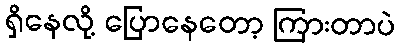
ရှိနေလို့ ပြောနေတော့ ကြားတာပဲ